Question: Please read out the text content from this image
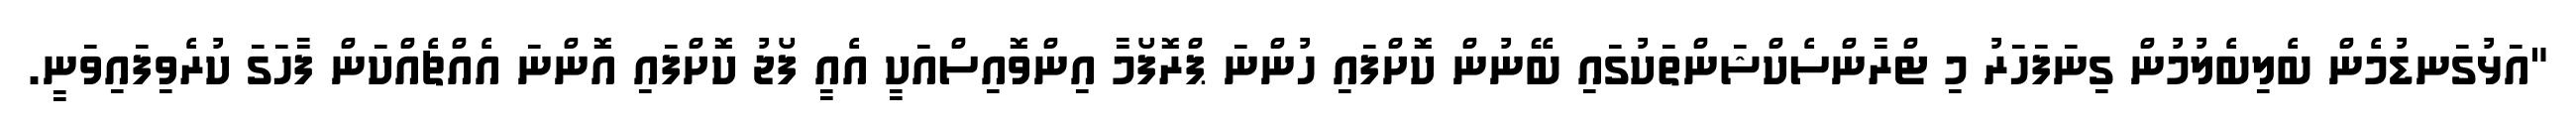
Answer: "އަޅުގަނޑުމެން ބެލިބެލުމުން ގިނަފަހަރު މި ޓްރާންސެކްޝަންތަކުގައި ބޭނުން ކޮށްފައި ހުންނަ ޕްރޮފޯމާ އިންވޮއިސްއަކީ އެއީ ފޯޖު ކޮށްފައި އޮންނަ އެއްޗެއްކަން ފާހަގަ ކުރެވިފައިވަނީ.